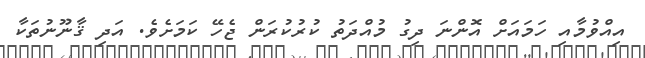
އިއްވުމާއި ހަމައަށް އޮންނަ ދިގު މުއްދަތު ކުރުކުރަން ޖެހޭ ކަމަށެވެ. އަދި ޤާނޫނުތަކާ